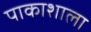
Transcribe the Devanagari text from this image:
पाकाशाला